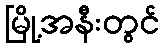
မြို့အနီးတွင်